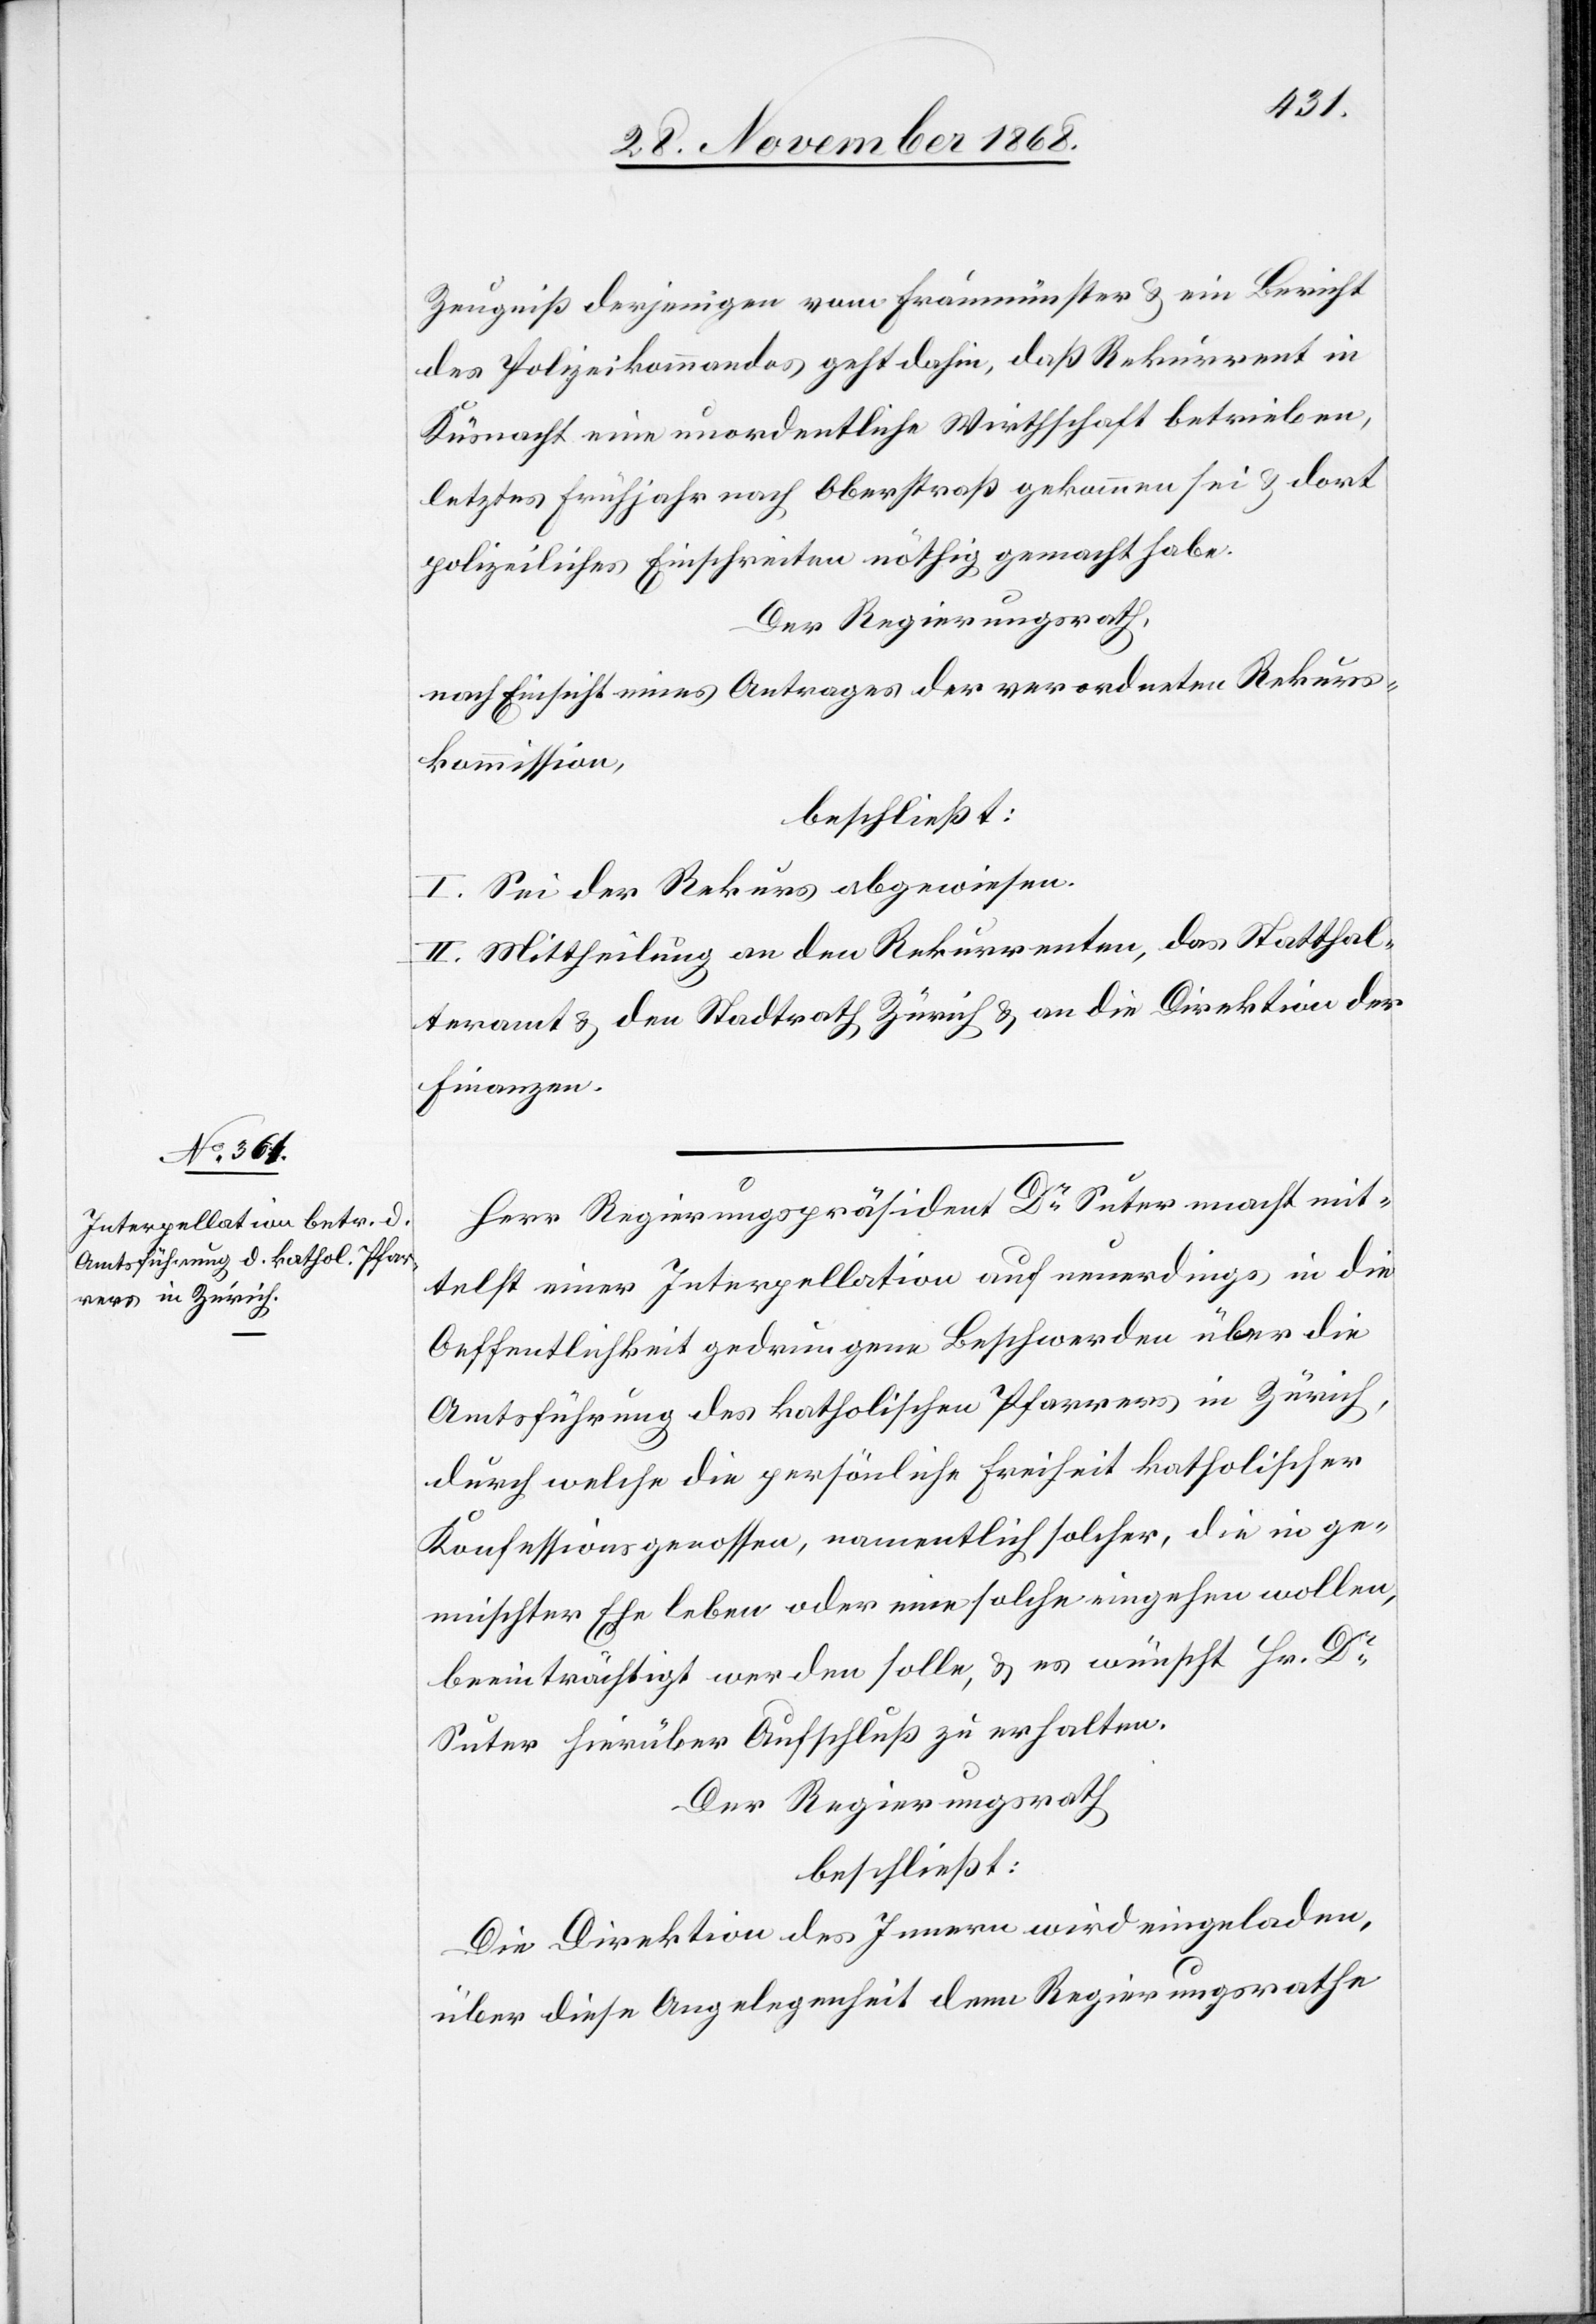
Zeugniß derjenigen vom Fraumünster & ein Bericht
des Polizeikommandos geht dahin, daß Rekurrent in
Küsnacht eine unordentliche Wirthschaft betrieben,
letztes Frühjahr nach Oberstraß gekommen sei & dort
polizeiliches Einschreiten nöthig gemacht habe.
Der Regierungsrath,
nach Einsicht eines Antrages der verordneten Rekurs¬
kommission,
beschließt:
I. Sei der Rekurs abgewiesen.
II. Mittheilung an den Rekurrenten, das Statthal¬
teramt & den Stadtrath Zürich & an die Direktion der
Finanzen.
Herr Regierungspräsident Dr Suter macht mit¬
telst einer Interpellation auf neuerdings in die
Oeffentlichkeit gedrungene Beschwerden über die
Amtsführung des katholischen Pfarrers in Zürich,
durch welche die persönliche Freiheit katholischer
Konfessionsgenossen, namentlich solcher, die in ge¬
mischter Ehe leben oder eine solche eingehen wollen,
beeinträchtigt werden solle, & es wünscht Hr. Dr
Suter hierüber Aufschluß zu erhalten.
Der Regierungsrath
beschließt:
Die Direktion des Innern wird eingeladen,
über diese Angelegenheit dem Regierungsrathe